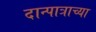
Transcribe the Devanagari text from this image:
दान्पात्राच्या